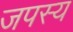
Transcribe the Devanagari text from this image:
जपस्य